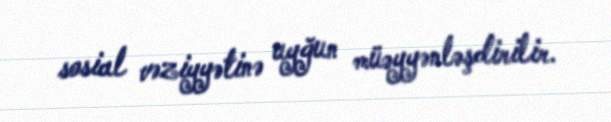
sosial vəziyyətinə uyğun müəyyənləşdirilir.